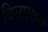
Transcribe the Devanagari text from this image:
विनाशानां